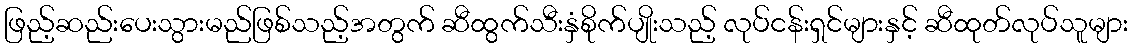
ဖြည့်ဆည်းပေးသွားမည်ဖြစ်သည့်အတွက် ဆီထွက်သီးနှံစိုက်ပျိုးသည့် လုပ်ငန်းရှင်များနှင့် ဆီထုတ်လုပ်သူများ